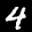
Label: 4